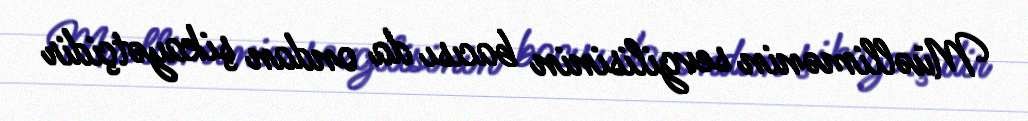
Müəllimənin sevgilisinin bacısı da ondan şikayətçidir